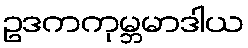
ဥဒကကုမ္ဘမာဒါယ